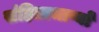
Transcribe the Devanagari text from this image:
संहिताभाष्यों